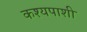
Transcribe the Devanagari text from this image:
कश्यपाशी